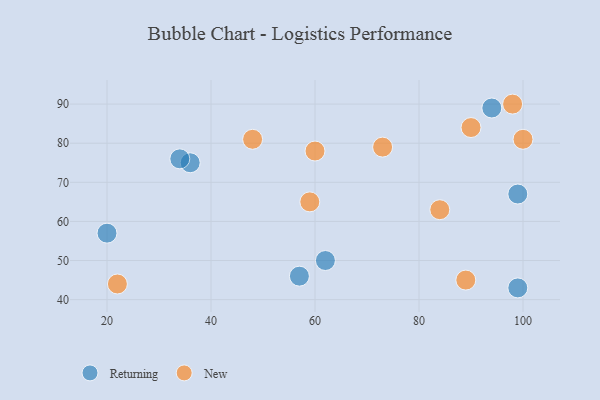
{"axis": {"x": "GDP", "y": "Life Expectancy"}, "legend": ["New", "Returning"], "data": [{"x": "57", "y": 46, "type": "Returning"}, {"x": "36", "y": 75, "type": "Returning"}, {"x": "99", "y": 43, "type": "Returning"}, {"x": "94", "y": 89, "type": "Returning"}, {"x": "99", "y": 67, "type": "Returning"}, {"x": "20", "y": 57, "type": "Returning"}, {"x": "34", "y": 76, "type": "Returning"}, {"x": "62", "y": 50, "type": "Returning"}, {"x": "100", "y": 81, "type": "New"}, {"x": "73", "y": 79, "type": "New"}, {"x": "89", "y": 45, "type": "New"}, {"x": "48", "y": 81, "type": "New"}, {"x": "59", "y": 65, "type": "New"}, {"x": "60", "y": 78, "type": "New"}, {"x": "90", "y": 84, "type": "New"}, {"x": "22", "y": 44, "type": "New"}, {"x": "84", "y": 63, "type": "New"}, {"x": "98", "y": 90, "type": "New"}]}